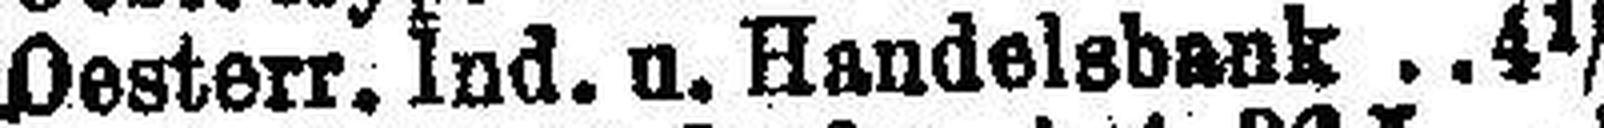
Oesterr. Ind. u. Handelsbank 4½